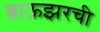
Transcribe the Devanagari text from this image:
ब्राऊझरची